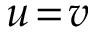
u \! = \! v